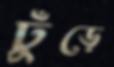
ঢুঁড়ে